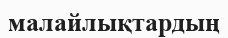
малайлықтардың